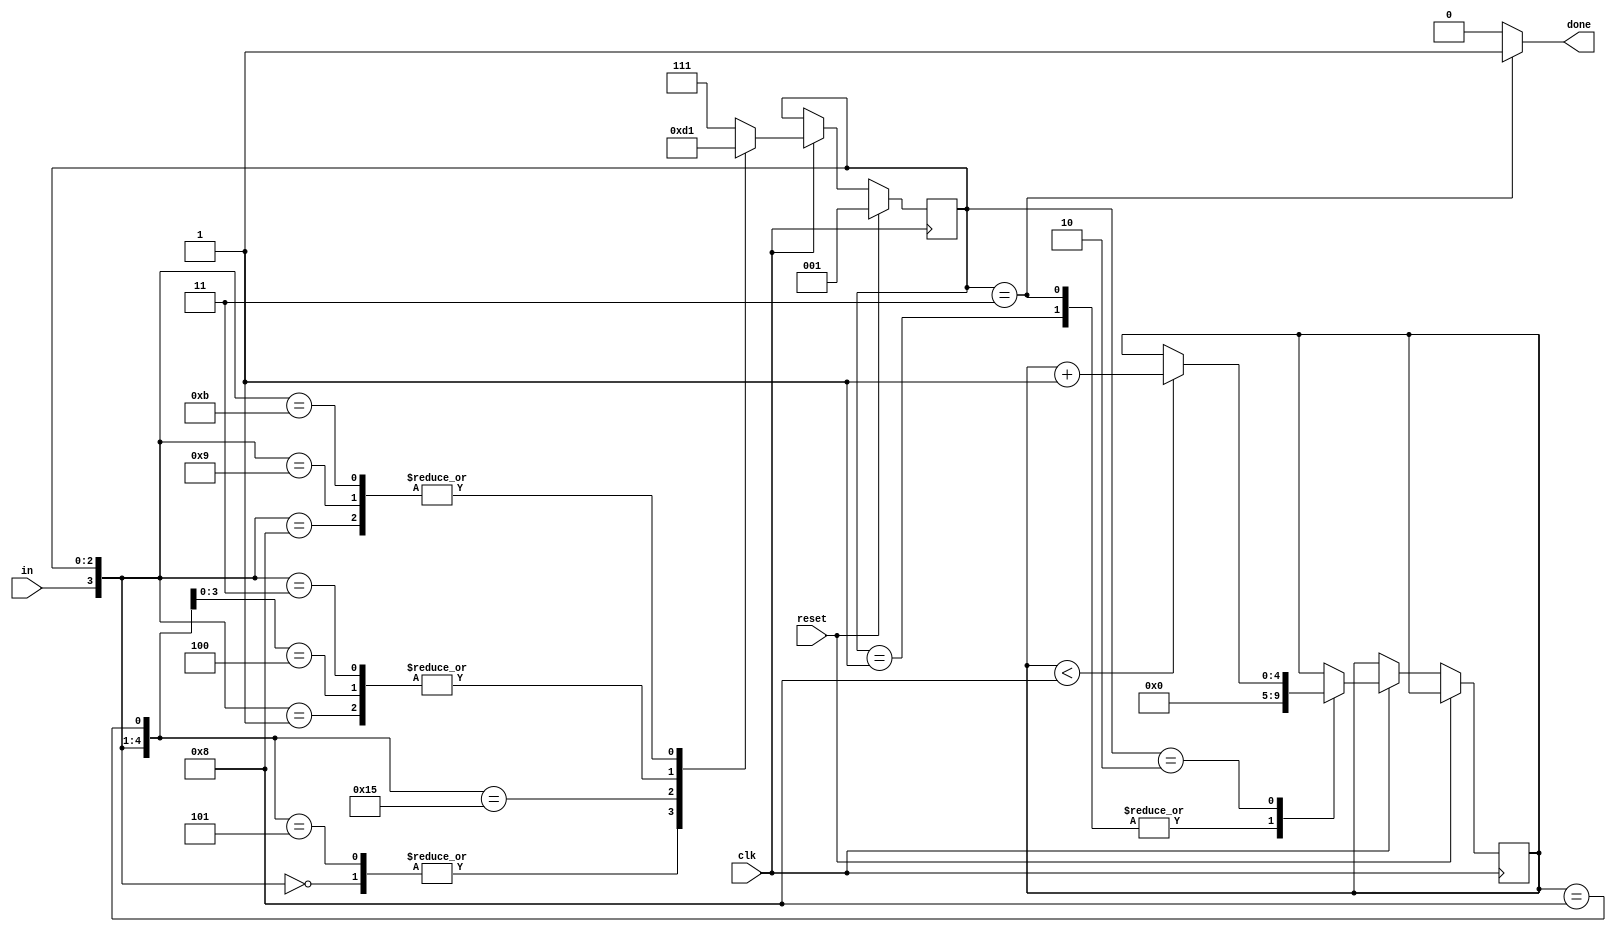
/*

Copyright 2022 Marc Ketel
SPDX-License-Identifier: Apache-2.0

*/

`default_nettype none

module top_module (
    input  wire clk,
    input  wire in,
    input  wire reset,
    output reg  done
);

  parameter STATE_IDLE = 3'b000;
  parameter STATE_START = 3'b001;
  parameter STATE_DATA = 3'b010;
  parameter STATE_STOP = 3'b011;
  parameter STATE_ILLIGAL = 3'b111;

  reg [2:0] state = STATE_IDLE, next_state = STATE_IDLE;
  reg [4:0] bits;

  //Determine next state.
  always @(*) begin
    casez ({
      in, state, (bits == 4'd8)
    })
      //Wait for idle state.
      {1'b0, STATE_IDLE, 1'bz} : next_state = STATE_IDLE;

      //Idle state found.
      {1'b1, STATE_IDLE, 1'bz} : next_state = STATE_START;

      //Wait for start bit.
      {1'b1, STATE_START, 1'bz} : next_state = STATE_START;

      //Start bit found.
      {1'b0, STATE_START, 1'bz} : next_state = STATE_DATA;

      //Wait for reception of all data bits.
      {1'bz, STATE_DATA, 1'b0} : next_state = STATE_DATA;

      //Reception complete but stop bit not found.
      {1'b0, STATE_DATA, 1'b1} : next_state = STATE_IDLE;

      //Reception complete.
      {1'b1, STATE_DATA, 1'b1} : next_state = STATE_STOP;

      //Start bit found.
      {1'b0, STATE_STOP, 1'bz} : next_state = STATE_DATA;

      //Invalid start bit.
      {1'b1, STATE_STOP, 1'bz} : next_state = STATE_START;

      //We forgot a state.
      {1'bz, STATE_ILLIGAL, 1'bz} : next_state = STATE_ILLIGAL;
      default: next_state = STATE_ILLIGAL;
    endcase
  end

  //State transition.
  always @(posedge clk) begin
    if (reset) state <= STATE_START;
    else if (clk) begin
      state <= next_state;

      case (state)
        STATE_START, STATE_STOP: bits <= 4'd0;
        STATE_DATA: bits <= (bits < 4'd8) ? bits + 1'b1 : bits;
      endcase
    end
  end

  //Determine output.
  always @(*) begin
    case (state)
      STATE_STOP: done = 1'b1;
      default: done = 1'b0;
    endcase
  end
endmodule